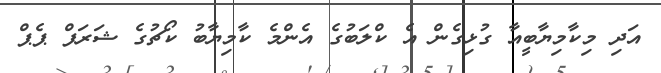
އަދި މިކާމިޔާބީއާ ގުޅިގެން އެ ކްލަބުގެ އެންމެ ކާމިޔާބު ކޯޗުގެ ޝަރަފް ޕެޕް